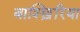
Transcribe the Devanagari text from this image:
बाश्ख़िरिया